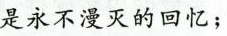
是永不漫灭的回忆；